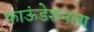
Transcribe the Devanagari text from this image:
फाऊंडेशनला